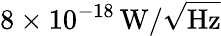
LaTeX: {8\times 10^{-18}\, \mathrm{W}/\sqrt{\mathrm{Hz}}}